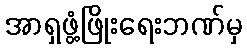
အာရှဖွံ့ဖြိုးရေးဘဏ်မှ